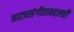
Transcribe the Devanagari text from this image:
नाट्यसंगीताबद्दलही